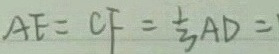
A F = C F = \frac { 1 } { 3 } A D =